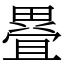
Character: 疂